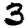
Digit: 3